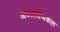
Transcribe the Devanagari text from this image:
आंटोलॉजिकल